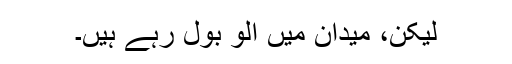
لیکن، میدان میں الّو بول رہے ہیں۔